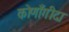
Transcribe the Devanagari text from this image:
कोणाँगीदा